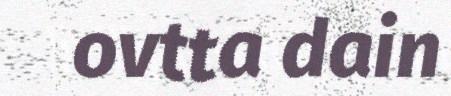
ovtta dain